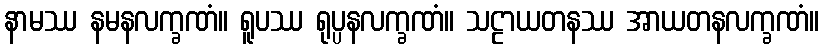
နာမဿ နမနလက္ခဏံ။ ရူပဿ ရုပ္ပနလက္ခဏံ။ သဠာယတနဿ အာယတနလက္ခဏံ။